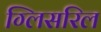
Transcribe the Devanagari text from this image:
ग्लिसरिल